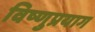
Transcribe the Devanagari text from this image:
विष्‍णुप्रयाग